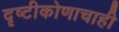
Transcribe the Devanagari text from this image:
दृष्टीकोणाचाही